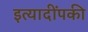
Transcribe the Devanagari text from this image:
इत्यादींपकी